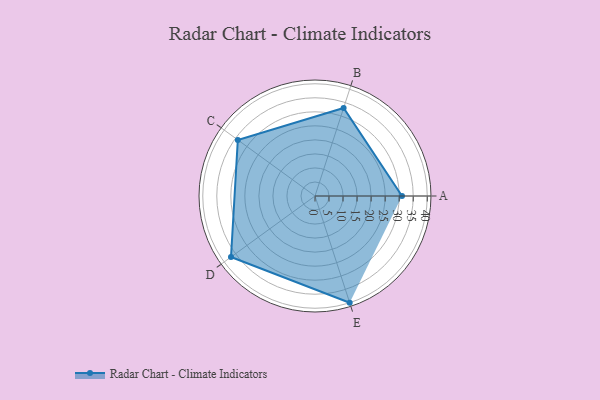
{"axis": {"x": "Skill", "y": "Score"}, "legend": ["Profile"], "data": [{"x": "A", "y": 31.0, "type": "Profile"}, {"x": "B", "y": 33.0, "type": "Profile"}, {"x": "C", "y": 34.0, "type": "Profile"}, {"x": "D", "y": 37.0, "type": "Profile"}, {"x": "E", "y": 40.0, "type": "Profile"}]}